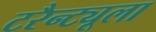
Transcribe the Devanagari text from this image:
टरैन्ट्यूला